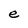
Character: e